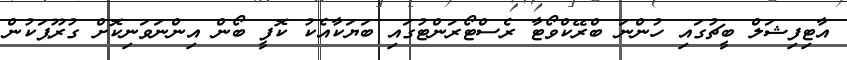
އާޓިފިޝަލް ބީޗުގައި ހުންނަ ބްރޭކްވޯޓާ ރެސްޓޯރަންޓުގައި ބަޔަކާއެކު ކޮފީ ބޯން އިންނަވަނިކޮށް ގުރޫޕަކުން